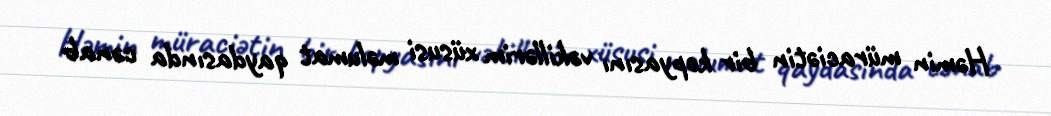
Həmin müraciətin bir kopyasını vəkillərim xüsusi məlumat qaydasında cənab